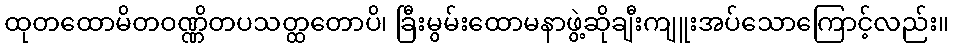
ထုတထောမိတဝဏ္ဏိတပသတ္ထတောပိ၊ ခြီးမွမ်းထောမနာဖွဲ့ဆိုချီးကျူးအပ်သောကြောင့်လည်း။